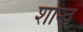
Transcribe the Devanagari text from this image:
शान्तं